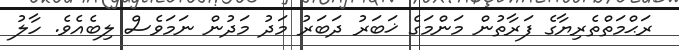
ރަޙްމަތްތެރިޔާގެ ފަރާތުން މަންމަގެ ޚަބަރު ދަބަރު މަދު މަދުން ނަމަވެސް ލިބެއެވެ. ހާލު